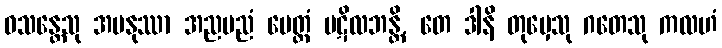
ဝသန္တေသု အမနုဿာ အညမညံ မေတ္တံ ပဋိလဘန္တိ, တေ ဒါနိ တုမှေသု ဂတေသု ကလဟံ